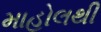
માહોલથી